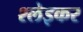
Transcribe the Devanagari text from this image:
श्लेइकर